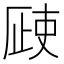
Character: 𣦆